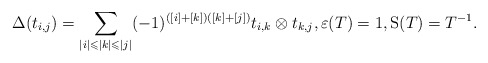
\begin{align*}\Delta(t_{i,j})=\sum\limits_{|i|\leqslant |k|\leqslant |j|}(-1)^{([i]+[k])([k]+[j])}t_{i,k}\otimes t_{k,j}, \varepsilon(T)=1, \mathrm{S}(T)=T^{-1} .\end{align*}